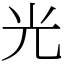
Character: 光